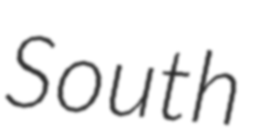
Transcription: South